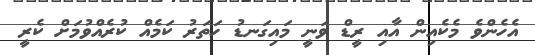
އެހެންވެ މެކެއިން އާއި ރީޑް ވަނީ މައިގަނޑު ހަތަރު ކަމެއް ކުރެއްވުމަށް ކެރީ